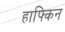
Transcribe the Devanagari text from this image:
हाफ्किन